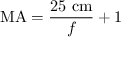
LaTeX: \mathrm { M A } = { \frac { 2 5 \ \mathrm { c m } } { f } } + 1 \quad